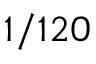
1 / 1 2 0